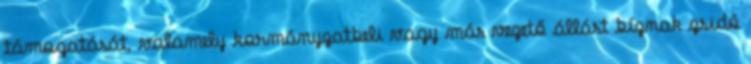
támogatását, valamely kormányzatbeli vagy más vezető állást bíznak zsidó